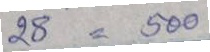
28 = 500